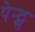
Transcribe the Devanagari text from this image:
पेन्ट्स